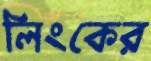
লিংকের